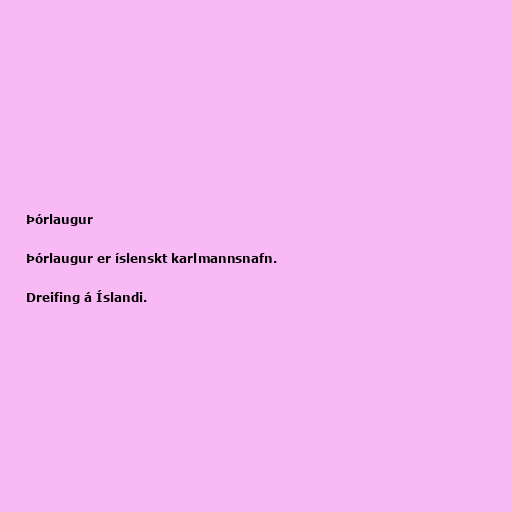
Þórlaugur

Þórlaugur er íslenskt karlmannsnafn.

Dreifing á Íslandi.